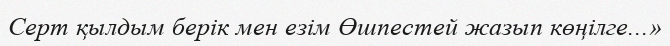
Серт қылдым берік мен езім Өшпестей жазып көңілге...»